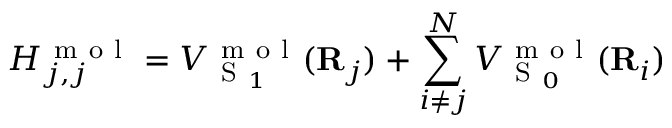
H _ { j , j } ^ { \mathrm { ~ m ~ o ~ l ~ } } = V _ { \mathrm { ~ S ~ } _ { 1 } } ^ { \mathrm { ~ m ~ o ~ l ~ } } ( { \bf { R } } _ { j } ) + \sum _ { i \neq j } ^ { N } V _ { \mathrm { ~ S ~ } _ { 0 } } ^ { \mathrm { ~ m ~ o ~ l ~ } } ( { \bf { R } } _ { i } )